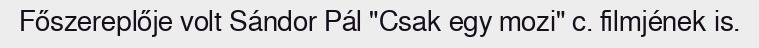
Főszereplője volt Sándor Pál "Csak egy mozi" c. filmjének is.